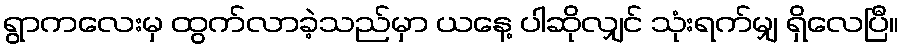
ရွာကလေးမှ ထွက်လာခဲ့သည်မှာ ယနေ့ ပါဆိုလျှင် သုံးရက်မျှ ရှိလေပြီ။